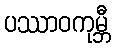
ပဿာဝကုမ္ဘီ